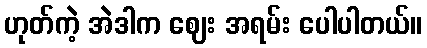
ဟုတ်ကဲ့ အဲဒါက ဈေး အရမ်း ပေါပါတယ်။